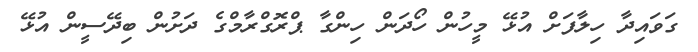
ގަވައިދާ ހިލާފަށް އުޅޭ މީހުން ހޯދަން ހިންގާ ޕްރޮގްރާމްގެ ދަށުން ބިދޭސީން އުޅޭ